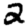
Digit: 2